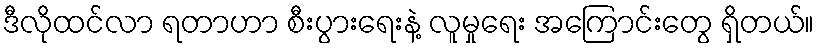
ဒီလိုထင်လာ ရတာဟာ စီးပွားရေးနဲ့ လူမှုရေး အကြောင်းတွေ ရှိတယ်။